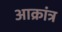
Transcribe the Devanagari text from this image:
आक्रांत्र